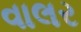
વાલર